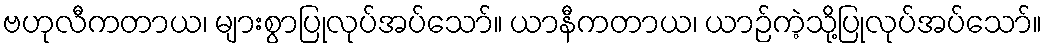
ဗဟုလီကတာယ၊ များစွာပြုလုပ်အပ်သော်။ ယာနီကတာယ၊ ယာဉ်ကဲ့သို့ပြုလုပ်အပ်သော်။